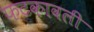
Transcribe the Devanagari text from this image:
फटकावली